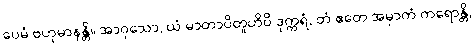
ပေမံ ဗဟုမာနန္တိ။ အာဝုသော, ယံ မာတာပိတူဟိပိ ဒုက္ကရံ, တံ ဧတေ အမှာကံ ကရောန္တိ,